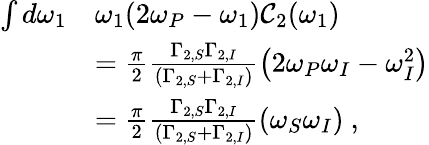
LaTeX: \begin{array}{rl}{\int d\omega_{1}}&{\omega_{1}(2\omega_{P}-\omega_{1})\mathcal{C}_{2}(\omega_{1})}\\ &{=\frac{\pi}{2}\frac{\Gamma_{2,S}\Gamma_{2,I}}{\left(\Gamma_{2,S}+\Gamma_{2,I}\right)}\left(2\omega_{P}\omega_{I}-\omega_{I}^{2}\right)}\\ &{=\frac{\pi}{2}\frac{\Gamma_{2,S}\Gamma_{2,I}}{\left(\Gamma_{2,S}+\Gamma_{2,I}\right)}\left(\omega_{S}\omega_{I}\right)\ ,}\end{array}